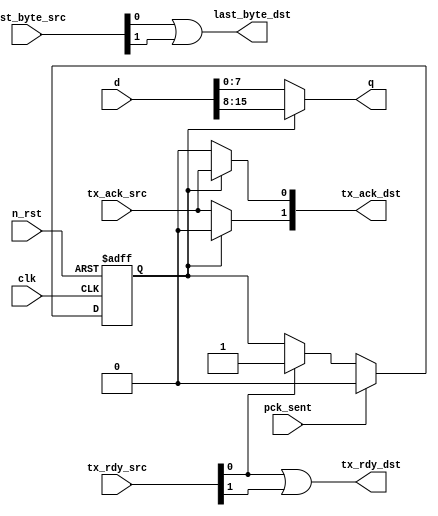
module usb_cd_connector (
	input  clk,  
	input  n_rst,
	
	input  [15:0] d,
	
	input  [1:0] tx_rdy_src,
	output tx_rdy_dst,
	
	input  tx_ack_src,
	output [1:0] tx_ack_dst,
	
	input [1:0] last_byte_src,
	output last_byte_dst,
	
	output [7:0] q,
	input  pck_sent
);

wire CRS_LAST_BYTE  = last_byte_src[0];
wire MNTR_LAST_BYTE = last_byte_src[1];
 
assign last_byte_dst = CRS_LAST_BYTE | MNTR_LAST_BYTE; 
// [0] crs
// [1] mntr

assign tx_ack_dst[0] = crs_send ? tx_ack_src : 0;
assign tx_ack_dst[1] = crs_send ? 0 : tx_ack_src;

wire CRS_TX_RDY  = tx_rdy_src[0];
wire MNTR_TX_RDY = tx_rdy_src[1];
	 
reg crs_send;
always@(posedge clk or negedge n_rst)
begin
	if(n_rst == 0)	
		crs_send = 0;
	else if(pck_sent)
		crs_send = 0;
	else if(CRS_TX_RDY)
		crs_send = 1;
end

wire[7:0] CRS_D  = d[15:8],
		    MNTR_D = d[7:0];

assign q = crs_send ? CRS_D : MNTR_D;

assign tx_rdy_dst = CRS_TX_RDY | MNTR_TX_RDY;

endmodule